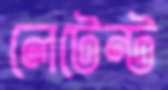
লেটেন্ট